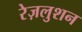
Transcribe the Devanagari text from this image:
रेज़लुशन